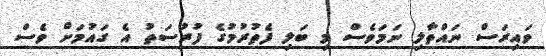
ވައިރަސް ނައްތާލި ނަމަވެސް މި ބަލި ފެތުރުމުގެ ފުރުސަތު އެ ގައުމަށް ވެސް